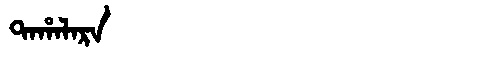
Manchu: ᡨᠠᡥᠠᠯᠠᡵᠠ
Romanization: TAHALARA